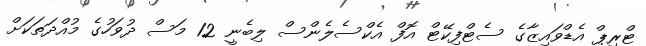
ޓްރިޕް އެޑްވައިޒާގެ ސެޓްފިކޭޓް އޮފް އެކްސެލެންސް ލިބެނީ 12 މަސް ދުވަހުގެ މުއްދަތަކަށް